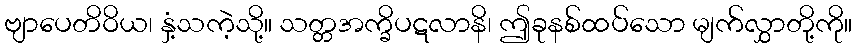
ဗျာပေတိဝိယ၊ နှံ့သကဲ့သို့။ သတ္တအက္ခိပဋလာနိ၊ ဤခုနစ်ထပ်သော မျက်လွှာတို့ကို။